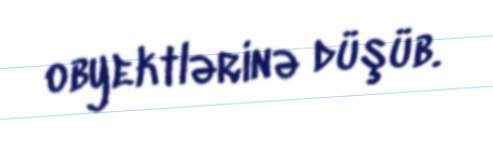
obyektlərinə düşüb.